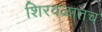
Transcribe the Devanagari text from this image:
शिरवळातच